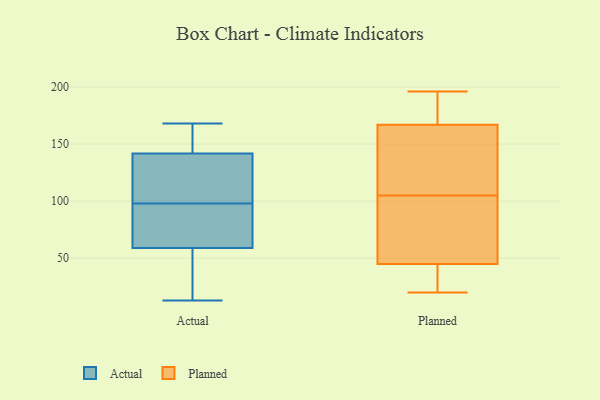
{"axis": {"x": "Budget (USD K)", "y": "Value"}, "legend": ["Actual", "Planned"], "data": [{"x": "", "y": 150, "type": "Actual"}, {"x": "", "y": 139, "type": "Actual"}, {"x": "", "y": 98, "type": "Actual"}, {"x": "", "y": 107, "type": "Actual"}, {"x": "", "y": 158, "type": "Actual"}, {"x": "", "y": 13, "type": "Actual"}, {"x": "", "y": 124, "type": "Actual"}, {"x": "", "y": 66, "type": "Actual"}, {"x": "", "y": 38, "type": "Actual"}, {"x": "", "y": 168, "type": "Actual"}, {"x": "", "y": 15, "type": "Actual"}, {"x": "", "y": 69, "type": "Actual"}, {"x": "", "y": 92, "type": "Actual"}, {"x": "", "y": 132, "type": "Planned"}, {"x": "", "y": 163, "type": "Planned"}, {"x": "", "y": 23, "type": "Planned"}, {"x": "", "y": 109, "type": "Planned"}, {"x": "", "y": 52, "type": "Planned"}, {"x": "", "y": 180, "type": "Planned"}, {"x": "", "y": 173, "type": "Planned"}, {"x": "", "y": 62, "type": "Planned"}, {"x": "", "y": 25, "type": "Planned"}, {"x": "", "y": 20, "type": "Planned"}, {"x": "", "y": 196, "type": "Planned"}, {"x": "", "y": 129, "type": "Planned"}, {"x": "", "y": 171, "type": "Planned"}, {"x": "", "y": 38, "type": "Planned"}, {"x": "", "y": 85, "type": "Planned"}, {"x": "", "y": 101, "type": "Planned"}]}